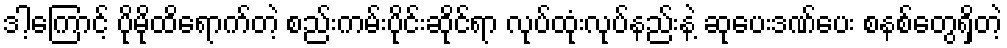
ဒါ့ကြောင့် ပိုမိုထိရောက်တဲ့ စည်းကမ်းပိုင်းဆိုင်ရာ လုပ်ထုံးလုပ်နည်းနဲ့ ဆုပေးဒဏ်ပေး စနစ်တွေရှိတဲ့